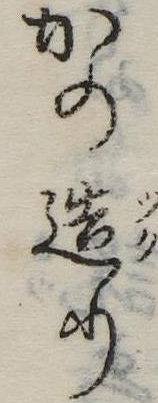
かの造り